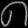
Digit: ၈